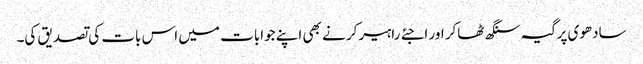
سادھوی پرگیہ سنگھ ٹھاکر اور اجئے راہیرکر نے بھی اپنے جوابات میں اس بات کی تصدیق کی۔